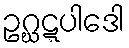
ဥဂ္ဃဋ္ဋပါဒေါ